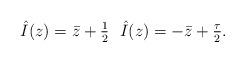
LaTeX: \begin{align*} \ \hat I(z)=\bar z + \tfrac{1}{2} \ \ \hat I(z)= -\bar z + \tfrac{\tau}{2}.\end{align*}